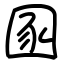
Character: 圂